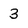
Character: 3